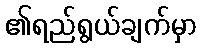
၏ရည်ရွယ်ချက်မှာ